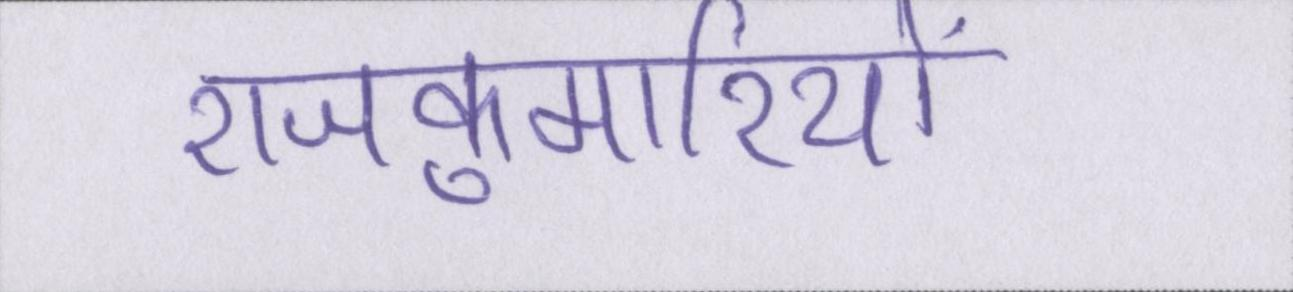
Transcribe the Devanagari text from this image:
राजकुमारियों